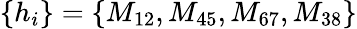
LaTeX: \left\{ h_{i}\right\} =\left\{ M_{12},M_{45},M_{67},M_{38}\right\}